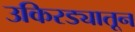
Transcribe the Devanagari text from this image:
उकिरड्यातून